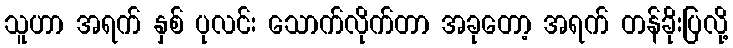
သူဟာ အရက် နှစ် ပုလင်း သောက်လိုက်တာ အခုတော့ အရက် တန်ခိုးပြလို့